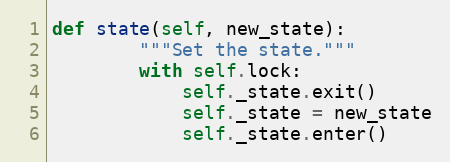
Language: Python
def state(self, new_state):
        """Set the state."""
        with self.lock:
            self._state.exit()
            self._state = new_state
            self._state.enter()